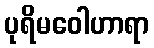
ပုရိမဝေါဟာရာ